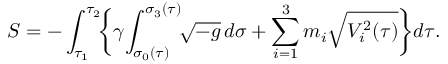
S = - \int _ { \tau _ { 1 } } ^ { \tau _ { 2 } } \! \biggl \{ \gamma \! \int _ { \sigma _ { 0 } ( \tau ) } ^ { \sigma _ { 3 } ( \tau ) } \! \! \sqrt { - g } \, d \sigma + \sum _ { i = 1 } ^ { 3 } m _ { i } \sqrt { V _ { i } ^ { 2 } ( \tau ) } \biggr \} d \tau .